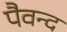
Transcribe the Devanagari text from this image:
पैवन्द